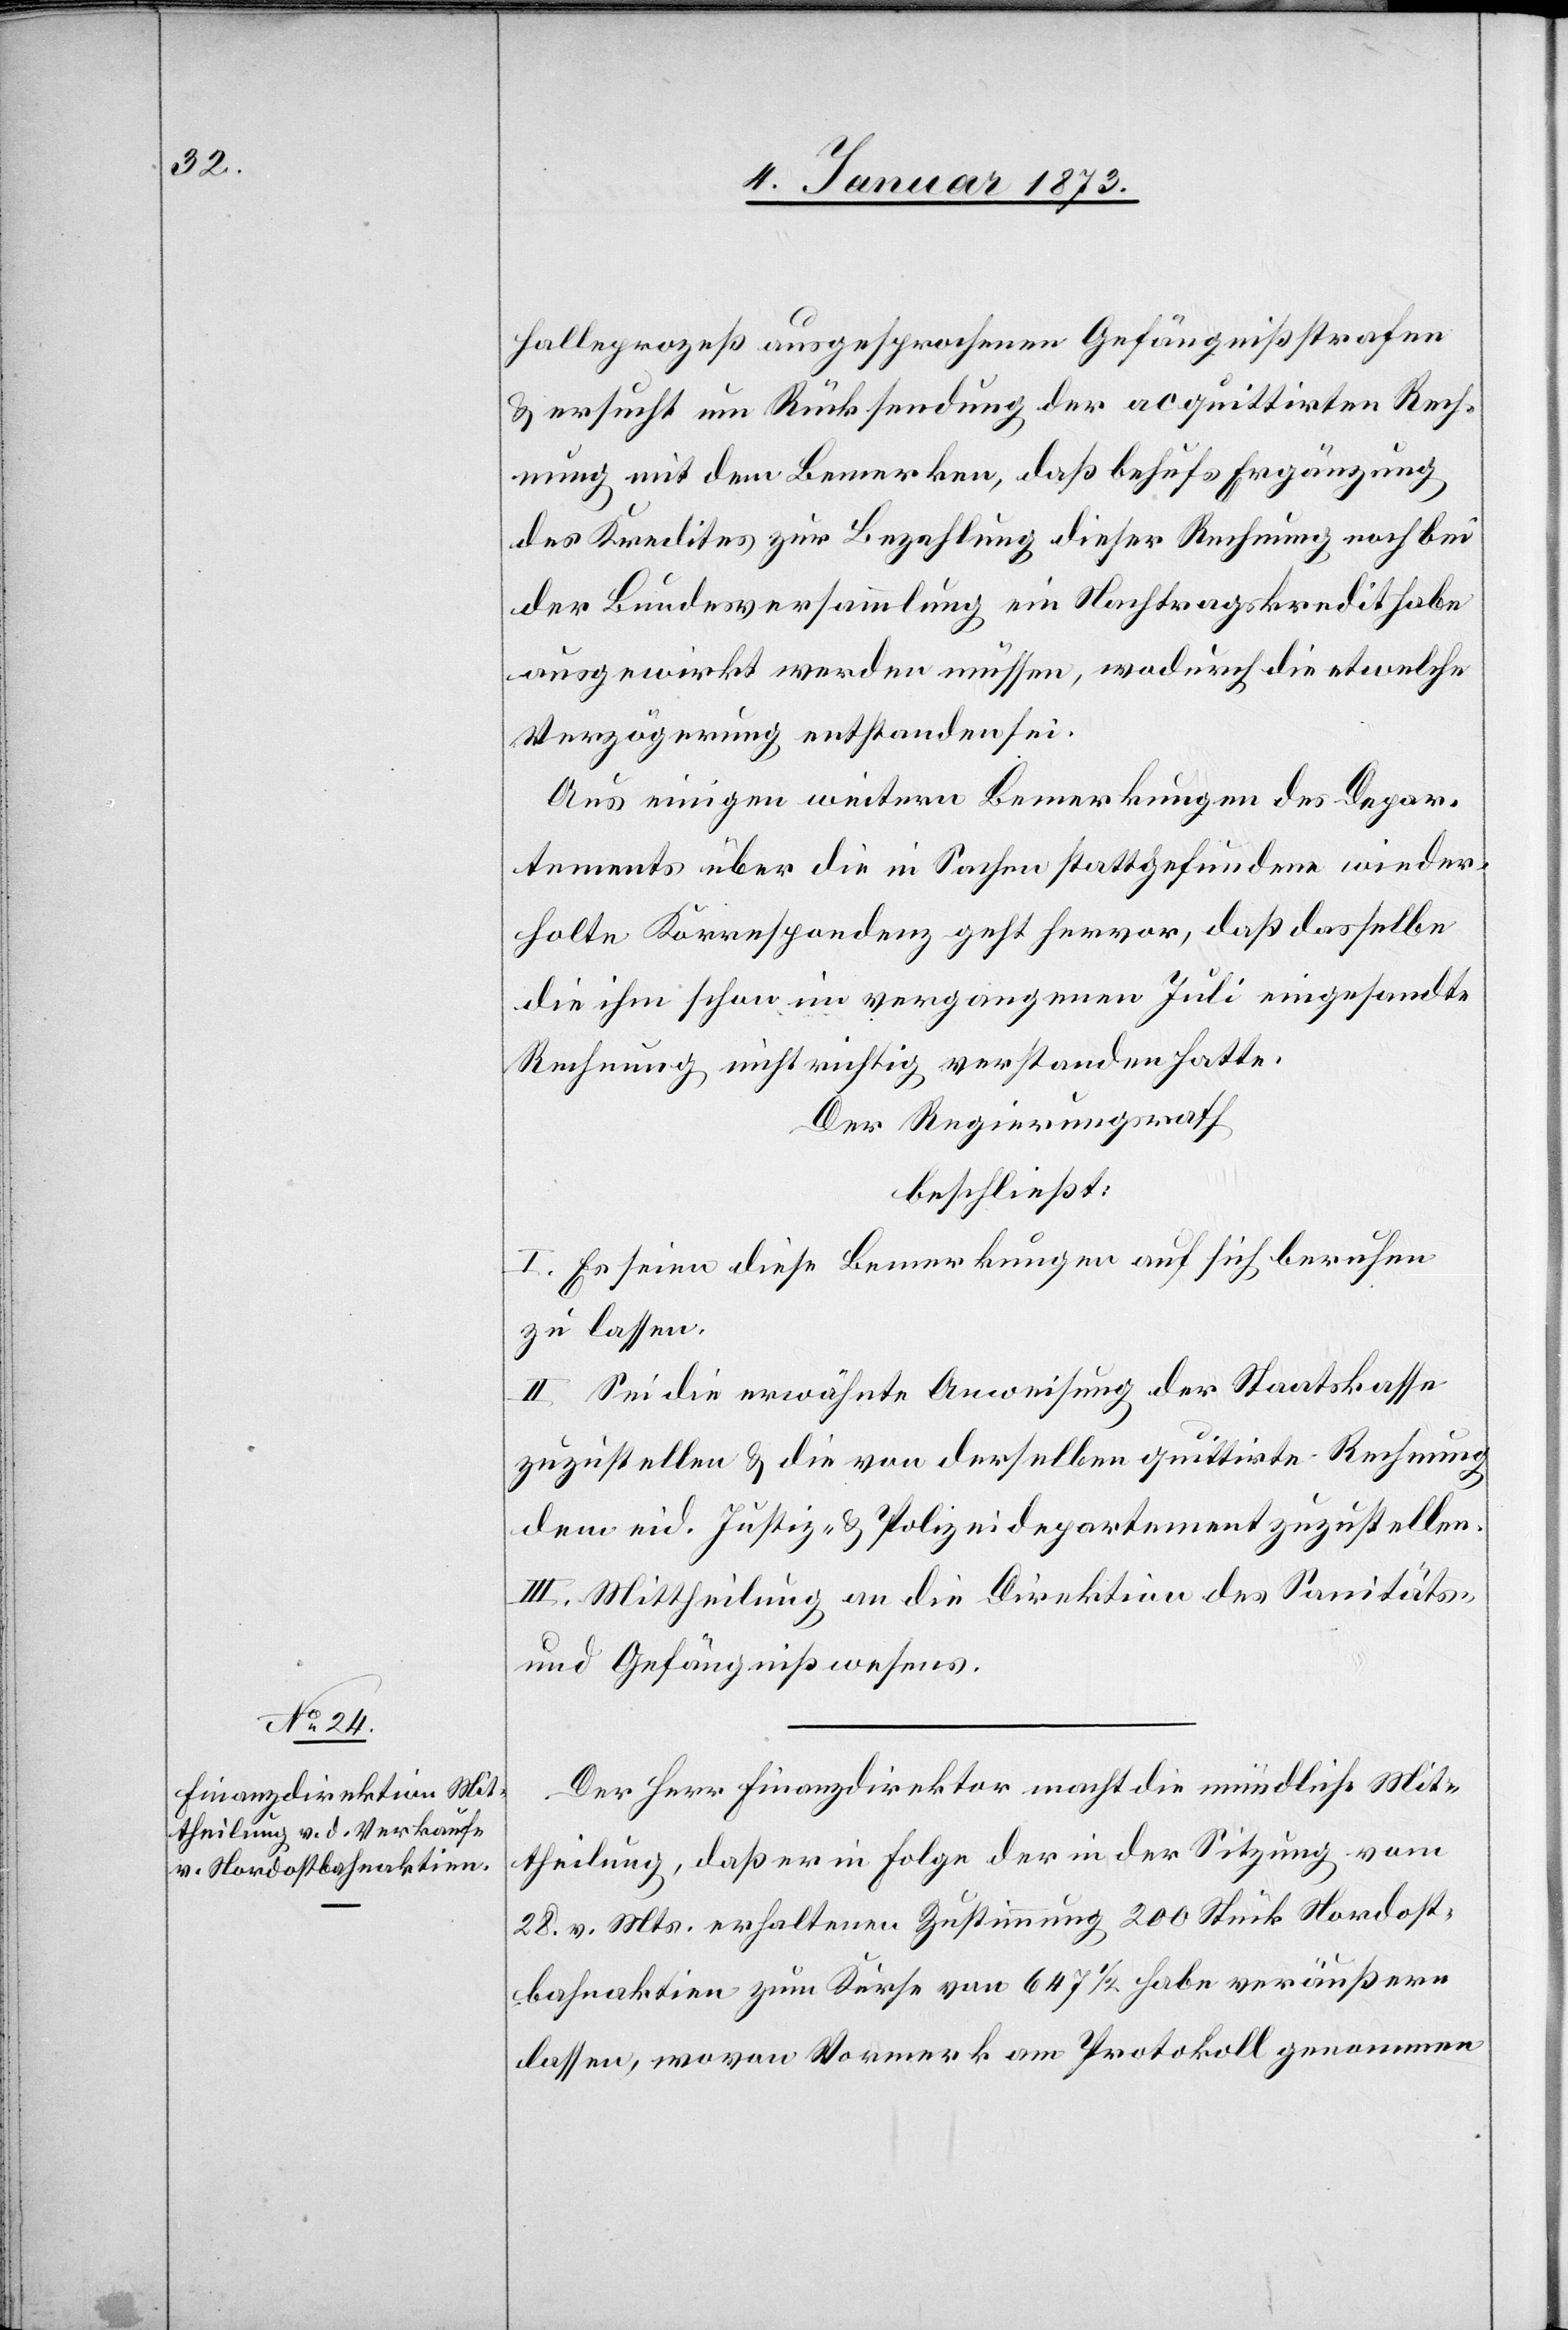
halleprozeß ausgesprochenen Gefängnißstrafen
& ersucht um Rücksendung der acquittirten Rech¬
nung mit dem Bemerken, daß behufs Ergänzung
des Kredites zur Bezahlung dieser Rechnung noch bei
der Bundesversammlung ein Nachtragskredit habe
ausgewirkt werden müssen, wodurch die etwelche
Verzögerung entstanden sei.
Aus einigen weitern Bemerkungen des Depar¬
tements über die in Sachen stattgefundene wieder¬
holte Korrespondenz geht hervor, daß dasselbe
die ihm schon im vergangenen Juli eingesandte
Rechnung nicht richtig verstanden hatte.
Der Regierungsrath
beschließt:
I. Es seien diese Bemerkungen auf sich beruhen
zu lassen.
II. Sei die erwähnte Anweisung der Staatskasse
zuzustellen & die von derselben quittirte Rechnung
dem eid. Justiz- & Polizeidepartement zuzustellen.
III. Mittheilung an die Direktion des Sanitäts-
und Gefängnißwesens.
Der Herr Finanzdirektor macht die mündliche Mit¬
theilung, daß er in Folge der in der Sitzung vom
28. v. Mts. erhaltenen Zustimmung 200 Stück Nordost¬
bahnaktien zum Kurse von 647 1/2 habe veräußern
lassen, woran Vormerk am Protokoll genommen